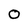
Character: O